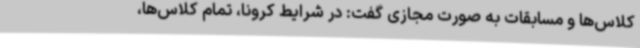
کلاس‌ها و مسابقات به صورت مجازی گفت: در شرایط کرونا، تمام کلاس‌ها،